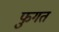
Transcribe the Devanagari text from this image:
फुगत